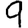
Digit: 9